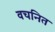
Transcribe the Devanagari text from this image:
वचनित